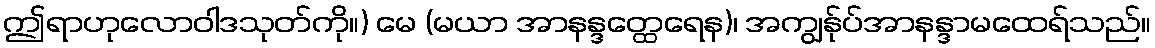
ဤရာဟုလောဝါဒသုတ်ကို။) မေ (မယာ အာနန္ဒတ္ထေရေန)၊ အကျွန်ုပ်အာနန္ဒာမထေရ်သည်။